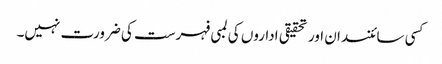
کسی سائنسدان اور تحقیقی اداروں کی لمبی فہرست کی ضرورت نہیں۔